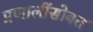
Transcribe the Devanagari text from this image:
प्रणालींसोबत